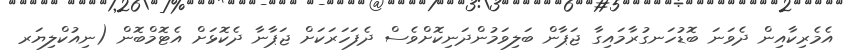
އެމެރިކާއިން ދެވަނަ ބޮޑުހަނގުރާމައިގާ ޖަޕާން ބަލިވަމުންދަނިކޮށްވެސް ދެފަހަރަކަށް ޖަޕާނާ ދެކޮޅަށް އެޓޮމްބޮން (ނިއުކްލިޔަރ